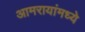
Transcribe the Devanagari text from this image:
आमरायांमध्ये